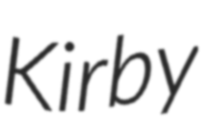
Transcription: Kirby